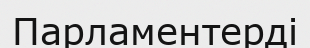
Парламентерді